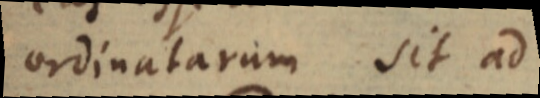
ordinatarum sit ad